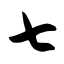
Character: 七